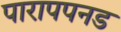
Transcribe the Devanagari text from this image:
पारापपनड